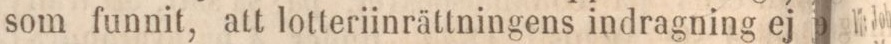
som funnit, att lotteriinrättningens indragning ej